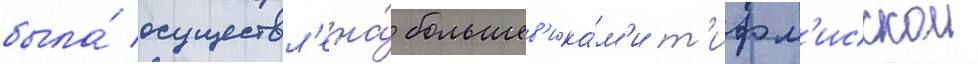
была́ осуществл'ена́ большев'ика́м'и т'ифл'исскои